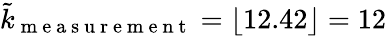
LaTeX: \tilde{k}_{\mathrm{~m~e~a~s~u~r~e~m~e~n~t~}}=\left\lfloor 12.42\right\rfloor=12